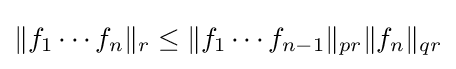
\|f_{1}\cdots f_{n}\|_{r}\leq \|f_{1}\cdots f_{n-1}\|_{pr}\|f_{n}\|_{qr}